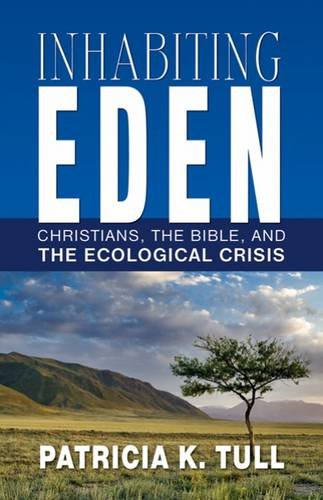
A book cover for Inhabiting Eden: Christians, the Bible, and the Ecological Crisis; Patricia K. Tull; Christian Books & Bibles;